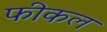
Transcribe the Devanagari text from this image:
फीकल